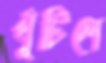
খুঁটিলে